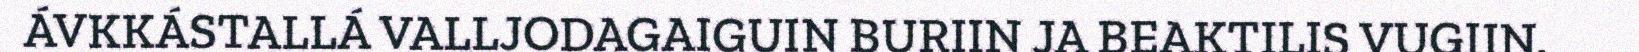
ÁVKKÁSTALLÁ VALLJODAGAIGUIN BURIIN JA BEAKTILIS VUGIIN.